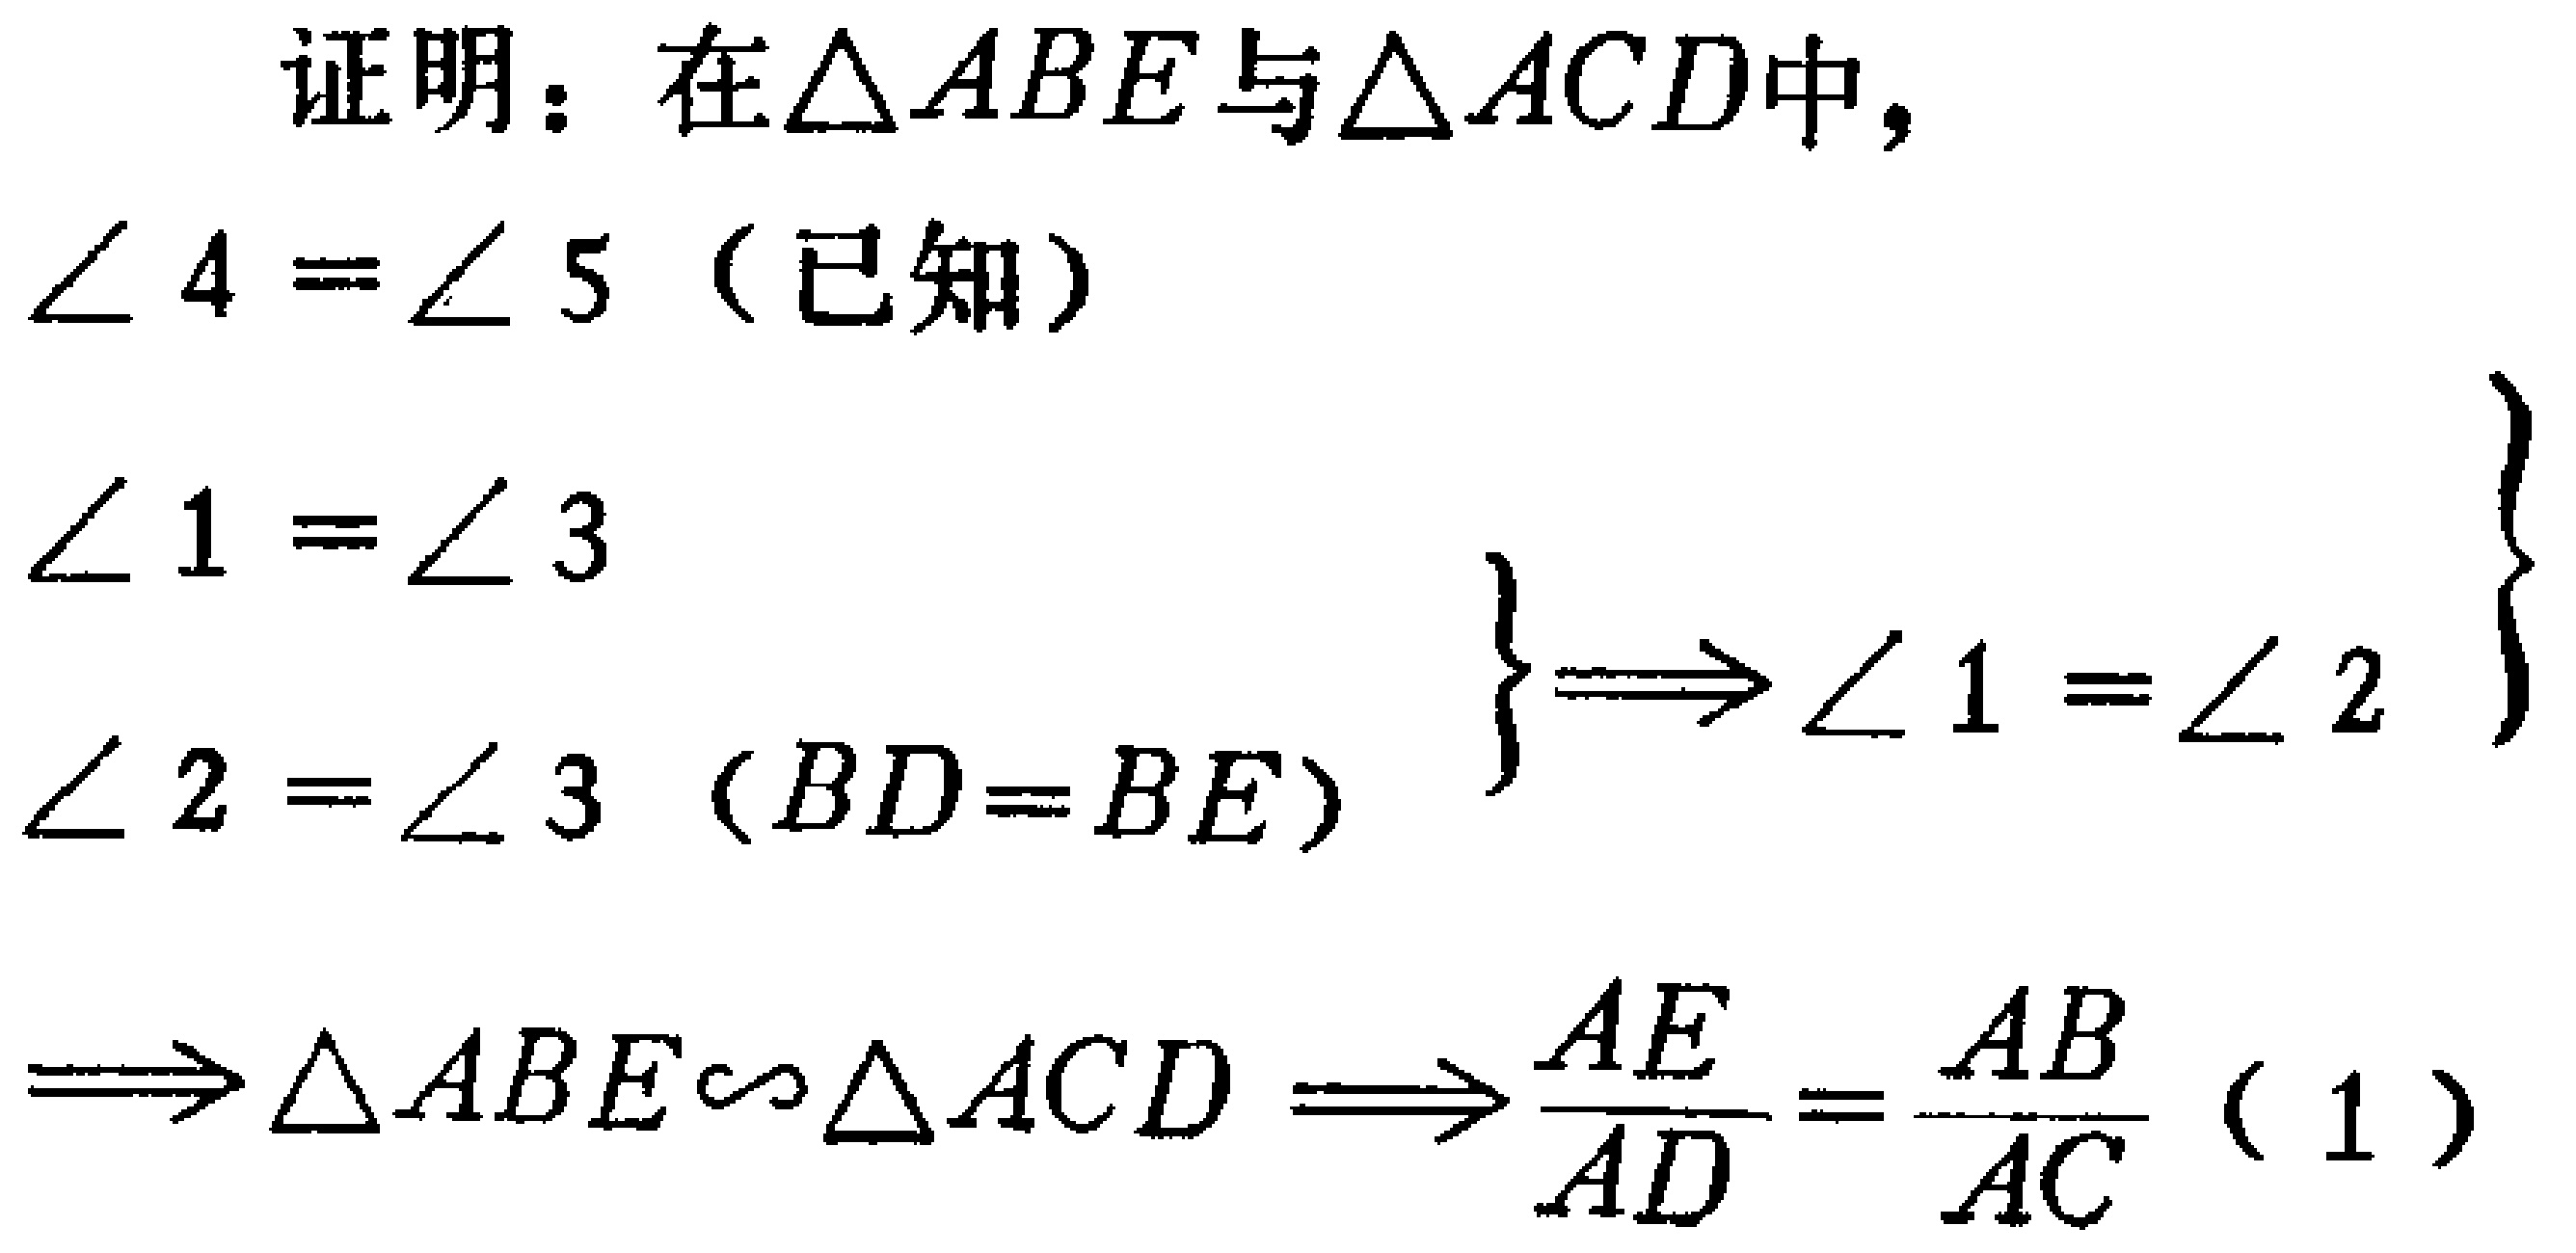
证明：在$\triangle ABE$与$\triangle ACD$中，
$\angle 4 = \angle 5$（已知）
$\left.\begin{array}{l}
\angle 1 = \angle 3\\
\angle 2 = \angle 3 \ (BD = BE)
\end{array}\right\} \Longrightarrow \angle 1 = \angle 2 \}$
$\Longrightarrow \triangle ABE \sim \triangle ACD \Longrightarrow \frac{AE}{AD} = \frac{AB}{AC}$（1）